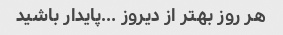
هر روز بهتر از دیروز …پایدار باشید